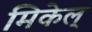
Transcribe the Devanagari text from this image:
मिकेल्